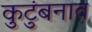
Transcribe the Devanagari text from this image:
कुटुंबनाव